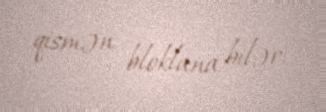
qismən bloklana bilər.